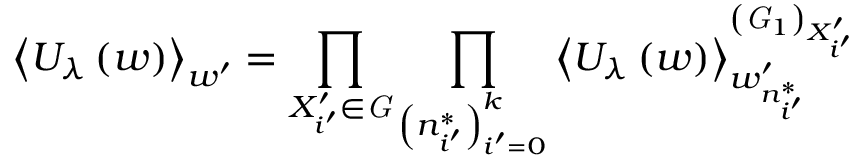
\left\langle U _ { \lambda } \left( w \right) \right\rangle _ { w ^ { \prime } } = \prod _ { X _ { i ^ { \prime } } ^ { \prime } \in { \it G } } \prod _ { \left( n _ { i ^ { \prime } } ^ { * } \right) _ { i ^ { \prime } = 0 } ^ { k } } \left\langle U _ { \lambda } \left( w \right) \right\rangle _ { w _ { n _ { i ^ { \prime } } ^ { * } } ^ { \prime } } ^ { \left( { \it G } _ { 1 } \right) _ { X _ { i ^ { \prime } } ^ { \prime } } }